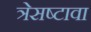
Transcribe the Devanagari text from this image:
त्रेसष्टावा